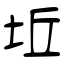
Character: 坵